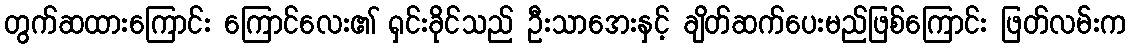
တွက်ဆထားကြောင်း ကြောင်လေး၏ ရှင်းခိုင်သည် ဦးသာအေးနှင့် ချိတ်ဆက်ပေးမည်ဖြစ်ကြောင်း ဖြတ်လမ်းက